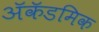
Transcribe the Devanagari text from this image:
ॲकॅडमिक